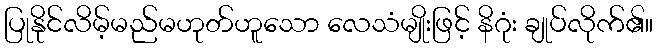
ပြုနိုင်လိမ့်မည်မဟုတ်ဟူသော လေသံမျိုးဖြင့် နိဂုံး ချုပ်လိုက်၏။